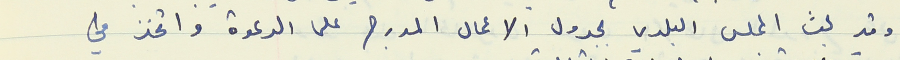
وقد بحث المجلس البلدي بجدول الاعمال المدرج على الدعوة واتخذ في